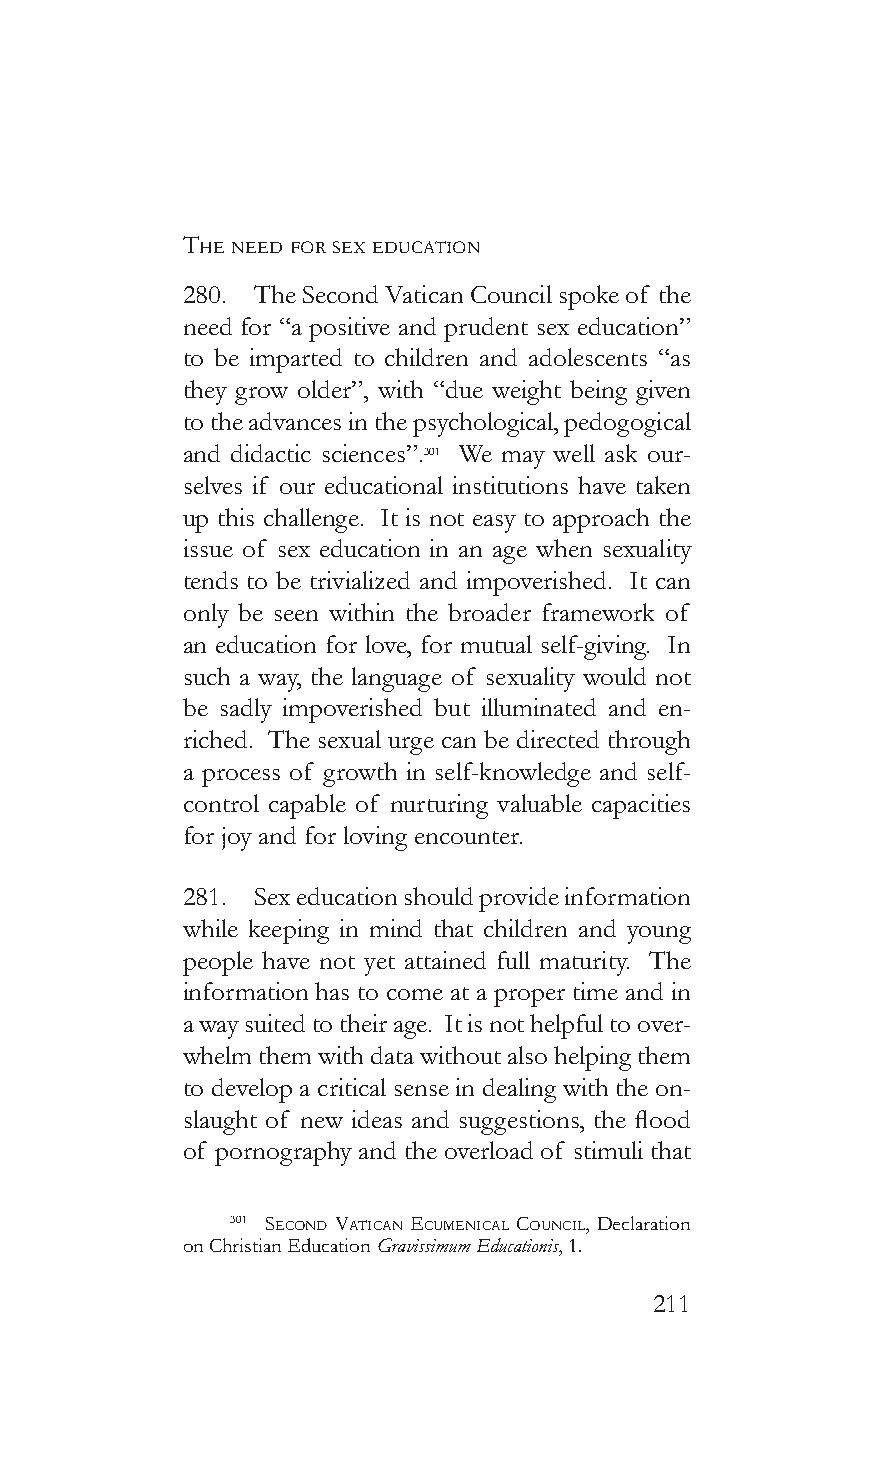
The need for sex educaTion
 280. The Second Vatican Council spoke of the
 need for “a positive and prudent sex education”
 to be imparted to children and adolescents “as
 they grow older”, with “due weight being given
 to the advances in the psychological, pedogogical
 and didactic sciences”.301 We may well ask our-
 selves if our educational institutions have taken
 up this challenge. It is not easy to approach the
 issue of sex education in an age when sexuality
 tends to be trivialized and impoverished. It can
 only be seen within the broader framework of
 an education for love, for mutual self-giving. In
 such a way, the language of sexuality would not
 be sadly impoverished but illuminated and en-
 riched. The sexual urge can be directed through
 a process of growth in self-knowledge and self-
 control capable of nurturing valuable capacities
 for joy and for loving encounter.
 281. Sex education should provide information
 while keeping in mind that children and young
 people have not yet attained full maturity. The
 information has to come at a proper time and in
 a way suited to their age. It is not helpful to over-
 whelm them with data without also helping them
 to develop a critical sense in dealing with the on-
 slaught of new ideas and suggestions, the flood
 of pornography and the overload of stimuli that
 301 second vaTican ecumenicaL counciL, Declaration
 on Christian Education Gravissimum Educationis, 1.
 211